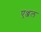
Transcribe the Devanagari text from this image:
एञ्जल